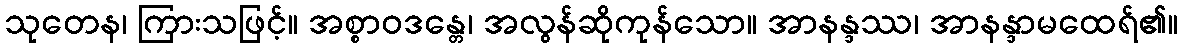
သုတေန၊ ကြားသဖြင့်။ အစ္စာဝဒန္တေ၊ အလွန်ဆိုကုန်သော။ အာနန္ဒဿ၊ အာနန္ဒာမထေရ်၏။